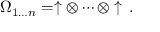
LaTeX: \Omega _ { 1 \dots n } = \uparrow \otimes \cdots \otimes \uparrow \, .